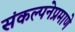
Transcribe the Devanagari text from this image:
संकल्पनेप्रमाणे